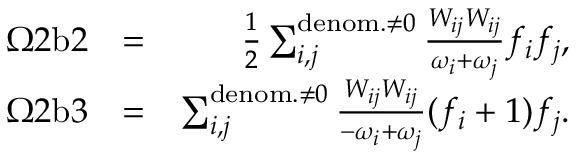
\begin{array} { r l r } { \Omega 2 \mathrm { b } 2 } & { = } & { \frac { 1 } { 2 } \sum _ { i , j } ^ { \mathrm { d e n o m . } \neq 0 } \frac { W _ { i j } W _ { i j } } { \omega _ { i } + \omega _ { j } } f _ { i } f _ { j } , } \\ { \Omega 2 \mathrm { b } 3 } & { = } & { \sum _ { i , j } ^ { \mathrm { d e n o m . } \neq 0 } \frac { W _ { i j } W _ { i j } } { - \omega _ { i } + \omega _ { j } } ( f _ { i } + 1 ) f _ { j } . } \end{array}